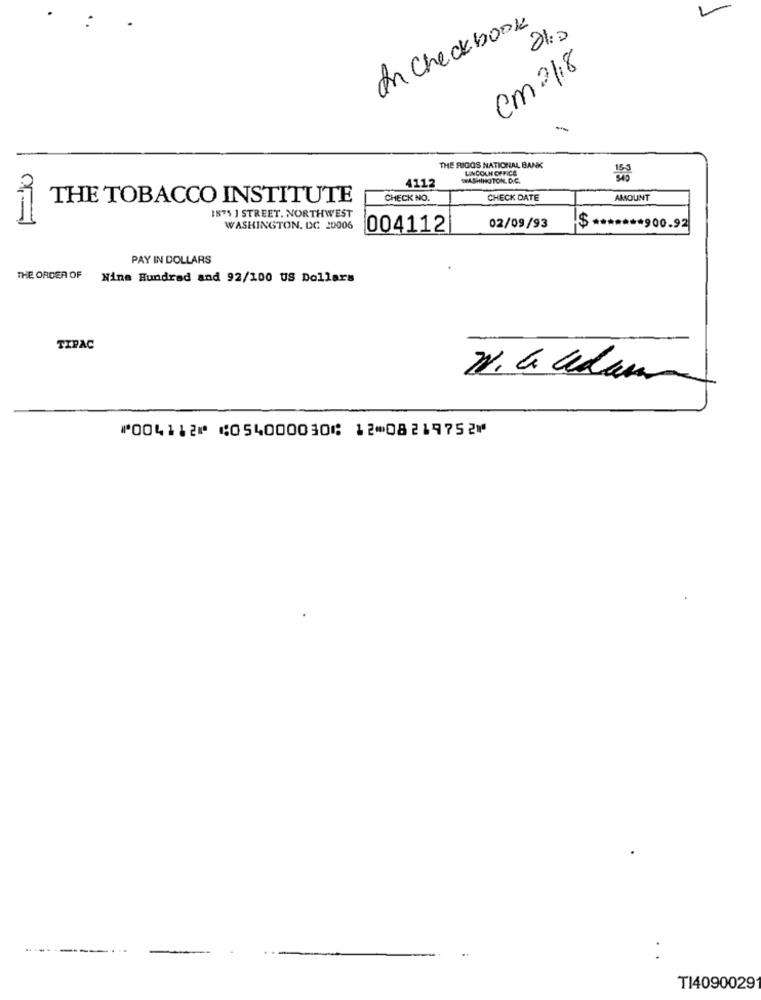
L
In Checkbook
210
cm 2/18
THE RIGGS NATIONAL BANK
LINCOLN OFFICE
4112
WASHINGTON, D.C.
THE TOBACCO INSTITUTE
CHECK NO.
CHECK DATE
AMOUNT
1875 1 STREET. NORTHWEST
WASHINGTON, DC 20006
004112
02/09/93
$ ******* 900.92
PAY IN DOLLARS
THE ORDER OF
Nine Hundred and 92/100 US Dollars
TIPAC
⑈004112⑈ ⑆054000030⑆ 12⑉08219752⑈
TI4090029